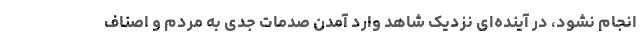
انجام نشود، در آینده‌ای نزدیک شاهد وارد آمدن صدمات جدی به مردم و اصناف